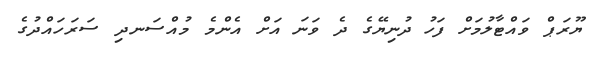
ޔޫރަޕް ވައްޓާލުމަށް ފަހު ދުނިޔޭގެ ދެ ވަނަ އަށް އެންމެ މުއްސަނދި ސަރަހައްދުގެ